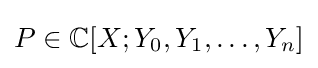
P\in \mathbb {C} [X;Y_{0},Y_{1},\ldots ,Y_{n}]